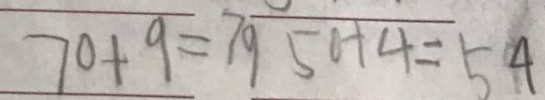
7 0 + 9 = 7 9 5 0 + 4 = 5 4